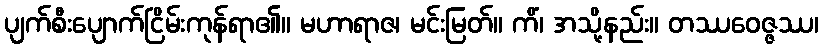
ပျက်စီးပျောက်ငြိမ်းကုန်ရာ၏။ မဟာရာဇ၊ မင်းမြတ်။ ကိံ၊ အသို့နည်း။ တဿဝေဇ္ဇဿ၊